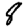
Digit: 8